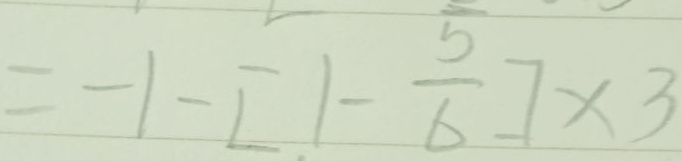
= - 1 - [ 1 - \frac { 5 } { 6 } ] \times 3